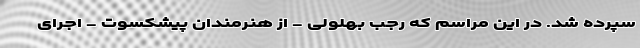
سپرده شد. در این مراسم که رجب بهلولی - از هنرمندان پیشکسوت - اجرای